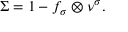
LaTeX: \Sigma = 1 - f _ { \sigma } \otimes \nu ^ { \sigma } .